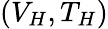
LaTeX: (V_{H},T_{H})